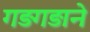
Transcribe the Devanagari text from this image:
गड़गड़ाने